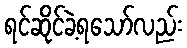
ရင်ဆိုင်ခဲ့ရသော်လည်း